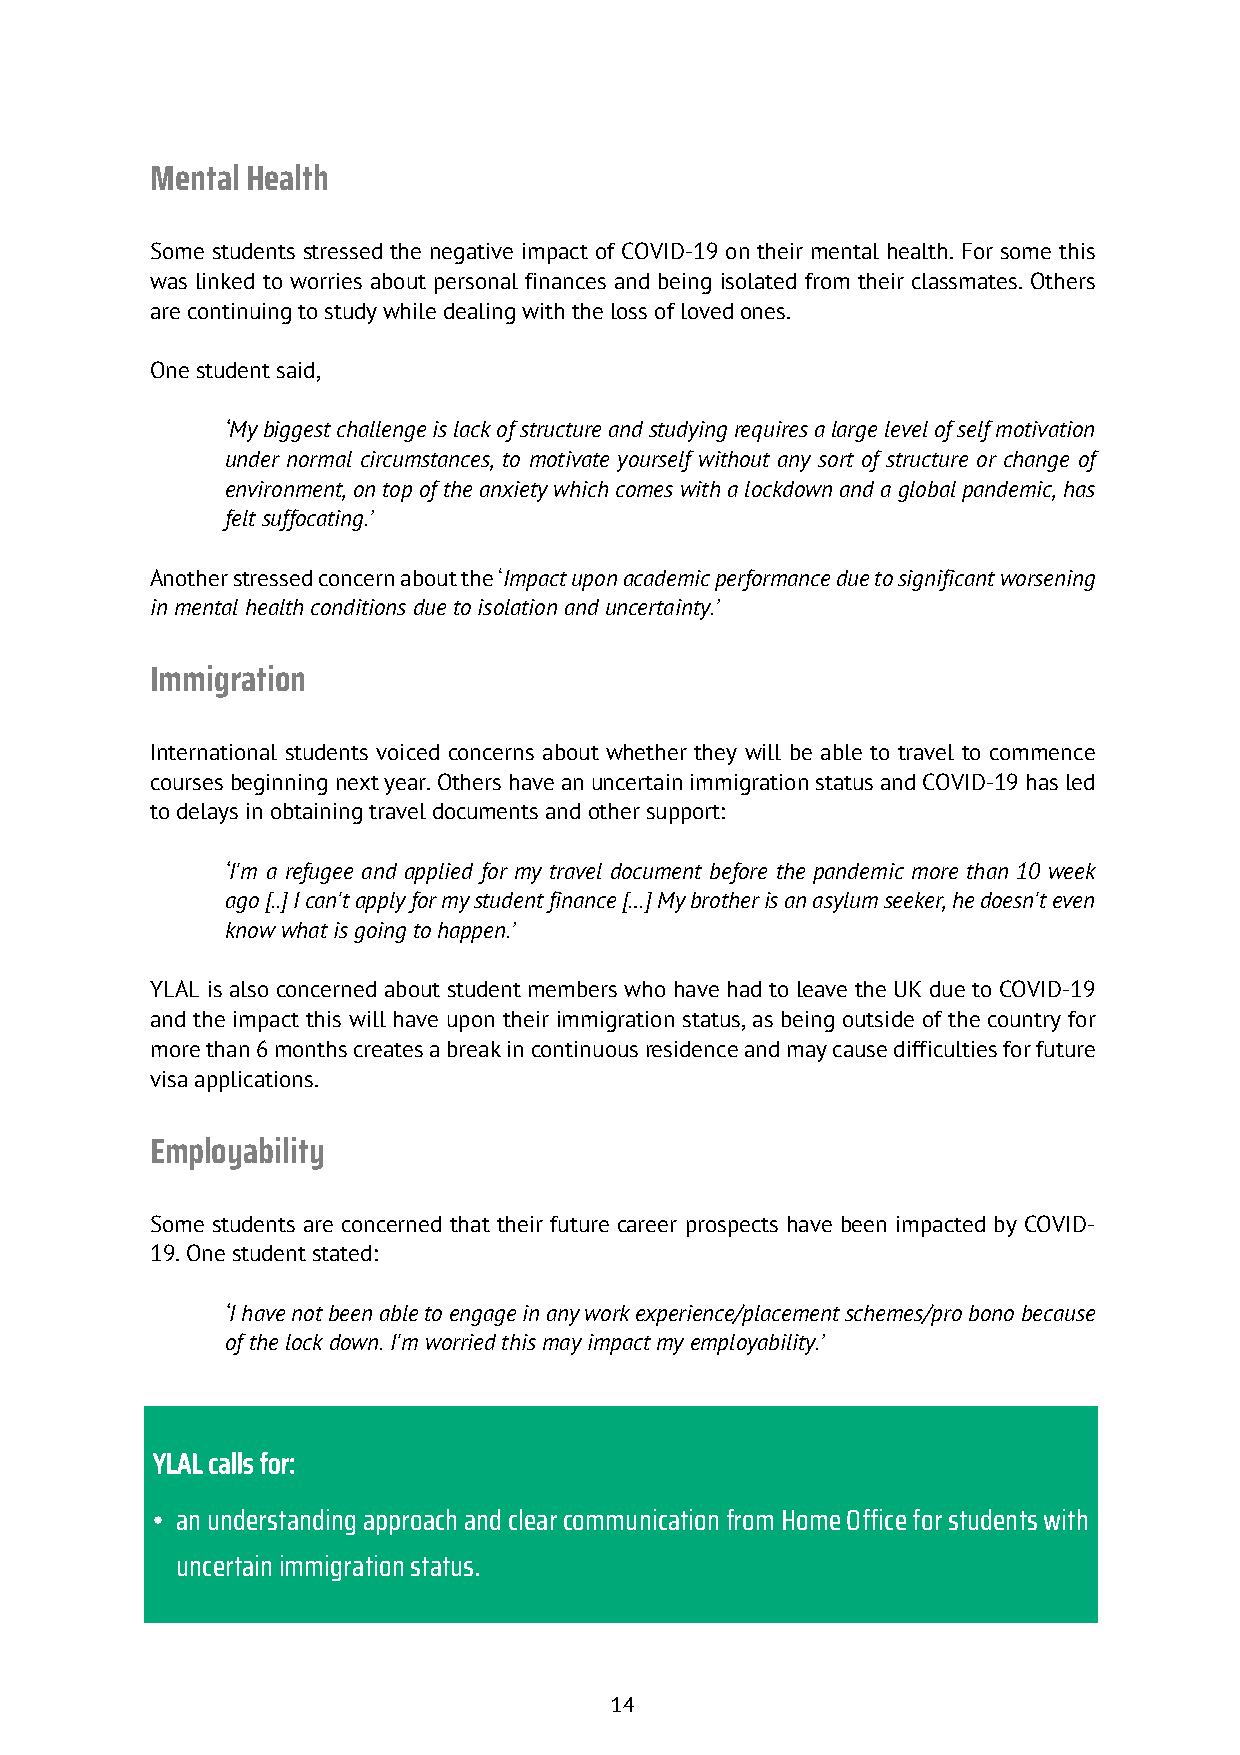
Mental Health
 Some students stressed the negative impact of COVID-19 on their mental health. For some this
 was linked to worries about personal finances and being isolated from their classmates. Others
 are continuing to study while dealing with the loss of loved ones.
 One student said,
 ‘My biggest challenge is lack of structure and studying requires a large level of self motivation
 under normal circumstances, to motivate yourself without any sort of structure or change of
 environment, on top of the anxiety which comes with a lockdown and a global pandemic, has
 felt suffocating.’
 Another stressed concern about the ‘Impact upon academic performance due to significant worsening
 in mental health conditions due to isolation and uncertainty.’
 Immigration
 International students voiced concerns about whether they will be able to travel to commence
 courses beginning next year. Others have an uncertain immigration status and COVID-19 has led
 to delays in obtaining travel documents and other support:
 ‘I'm a refugee and applied for my travel document before the pandemic more than 10 week
 ago [..] I can't apply for my student finance […] My brother is an asylum seeker, he doesn't even
 know what is going to happen.’
 YLAL is also concerned about student members who have had to leave the UK due to COVID-19
 and the impact this will have upon their immigration status, as being outside of the country for
 more than 6 months creates a break in continuous residence and may cause difficulties for future
 visa applications.
 Employability
 Some students are concerned that their future career prospects have been impacted by COVID-
 19. One student stated:
 ‘I have not been able to engage in any work experience/placement schemes/pro bono because
 of the lock down. I'm worried this may impact my employability.’
 YLAL calls for:
 • an understanding approach and clear communication from Home Office for students with
 uncertain immigration status.
 14